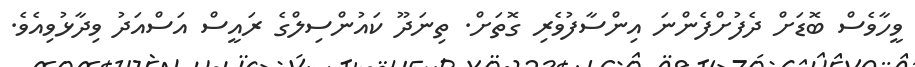
ވީހާވެސް ބޮޑަށް ދެފުށްފެންނަ އިންސާފުވެރި ގޮތަށް. ތިނަދޫ ކައުންސިލްގެ ރައީސް އަސްއަދު ވިދާޅުވިއެވެ.